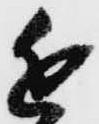
近